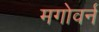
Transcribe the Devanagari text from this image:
मगोवर्न